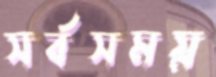
সর্বসময়